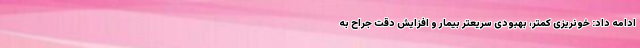
ادامه داد: خونریزی کمتر، بهبودی سریعتر بیمار و افزایش دقت جراح به